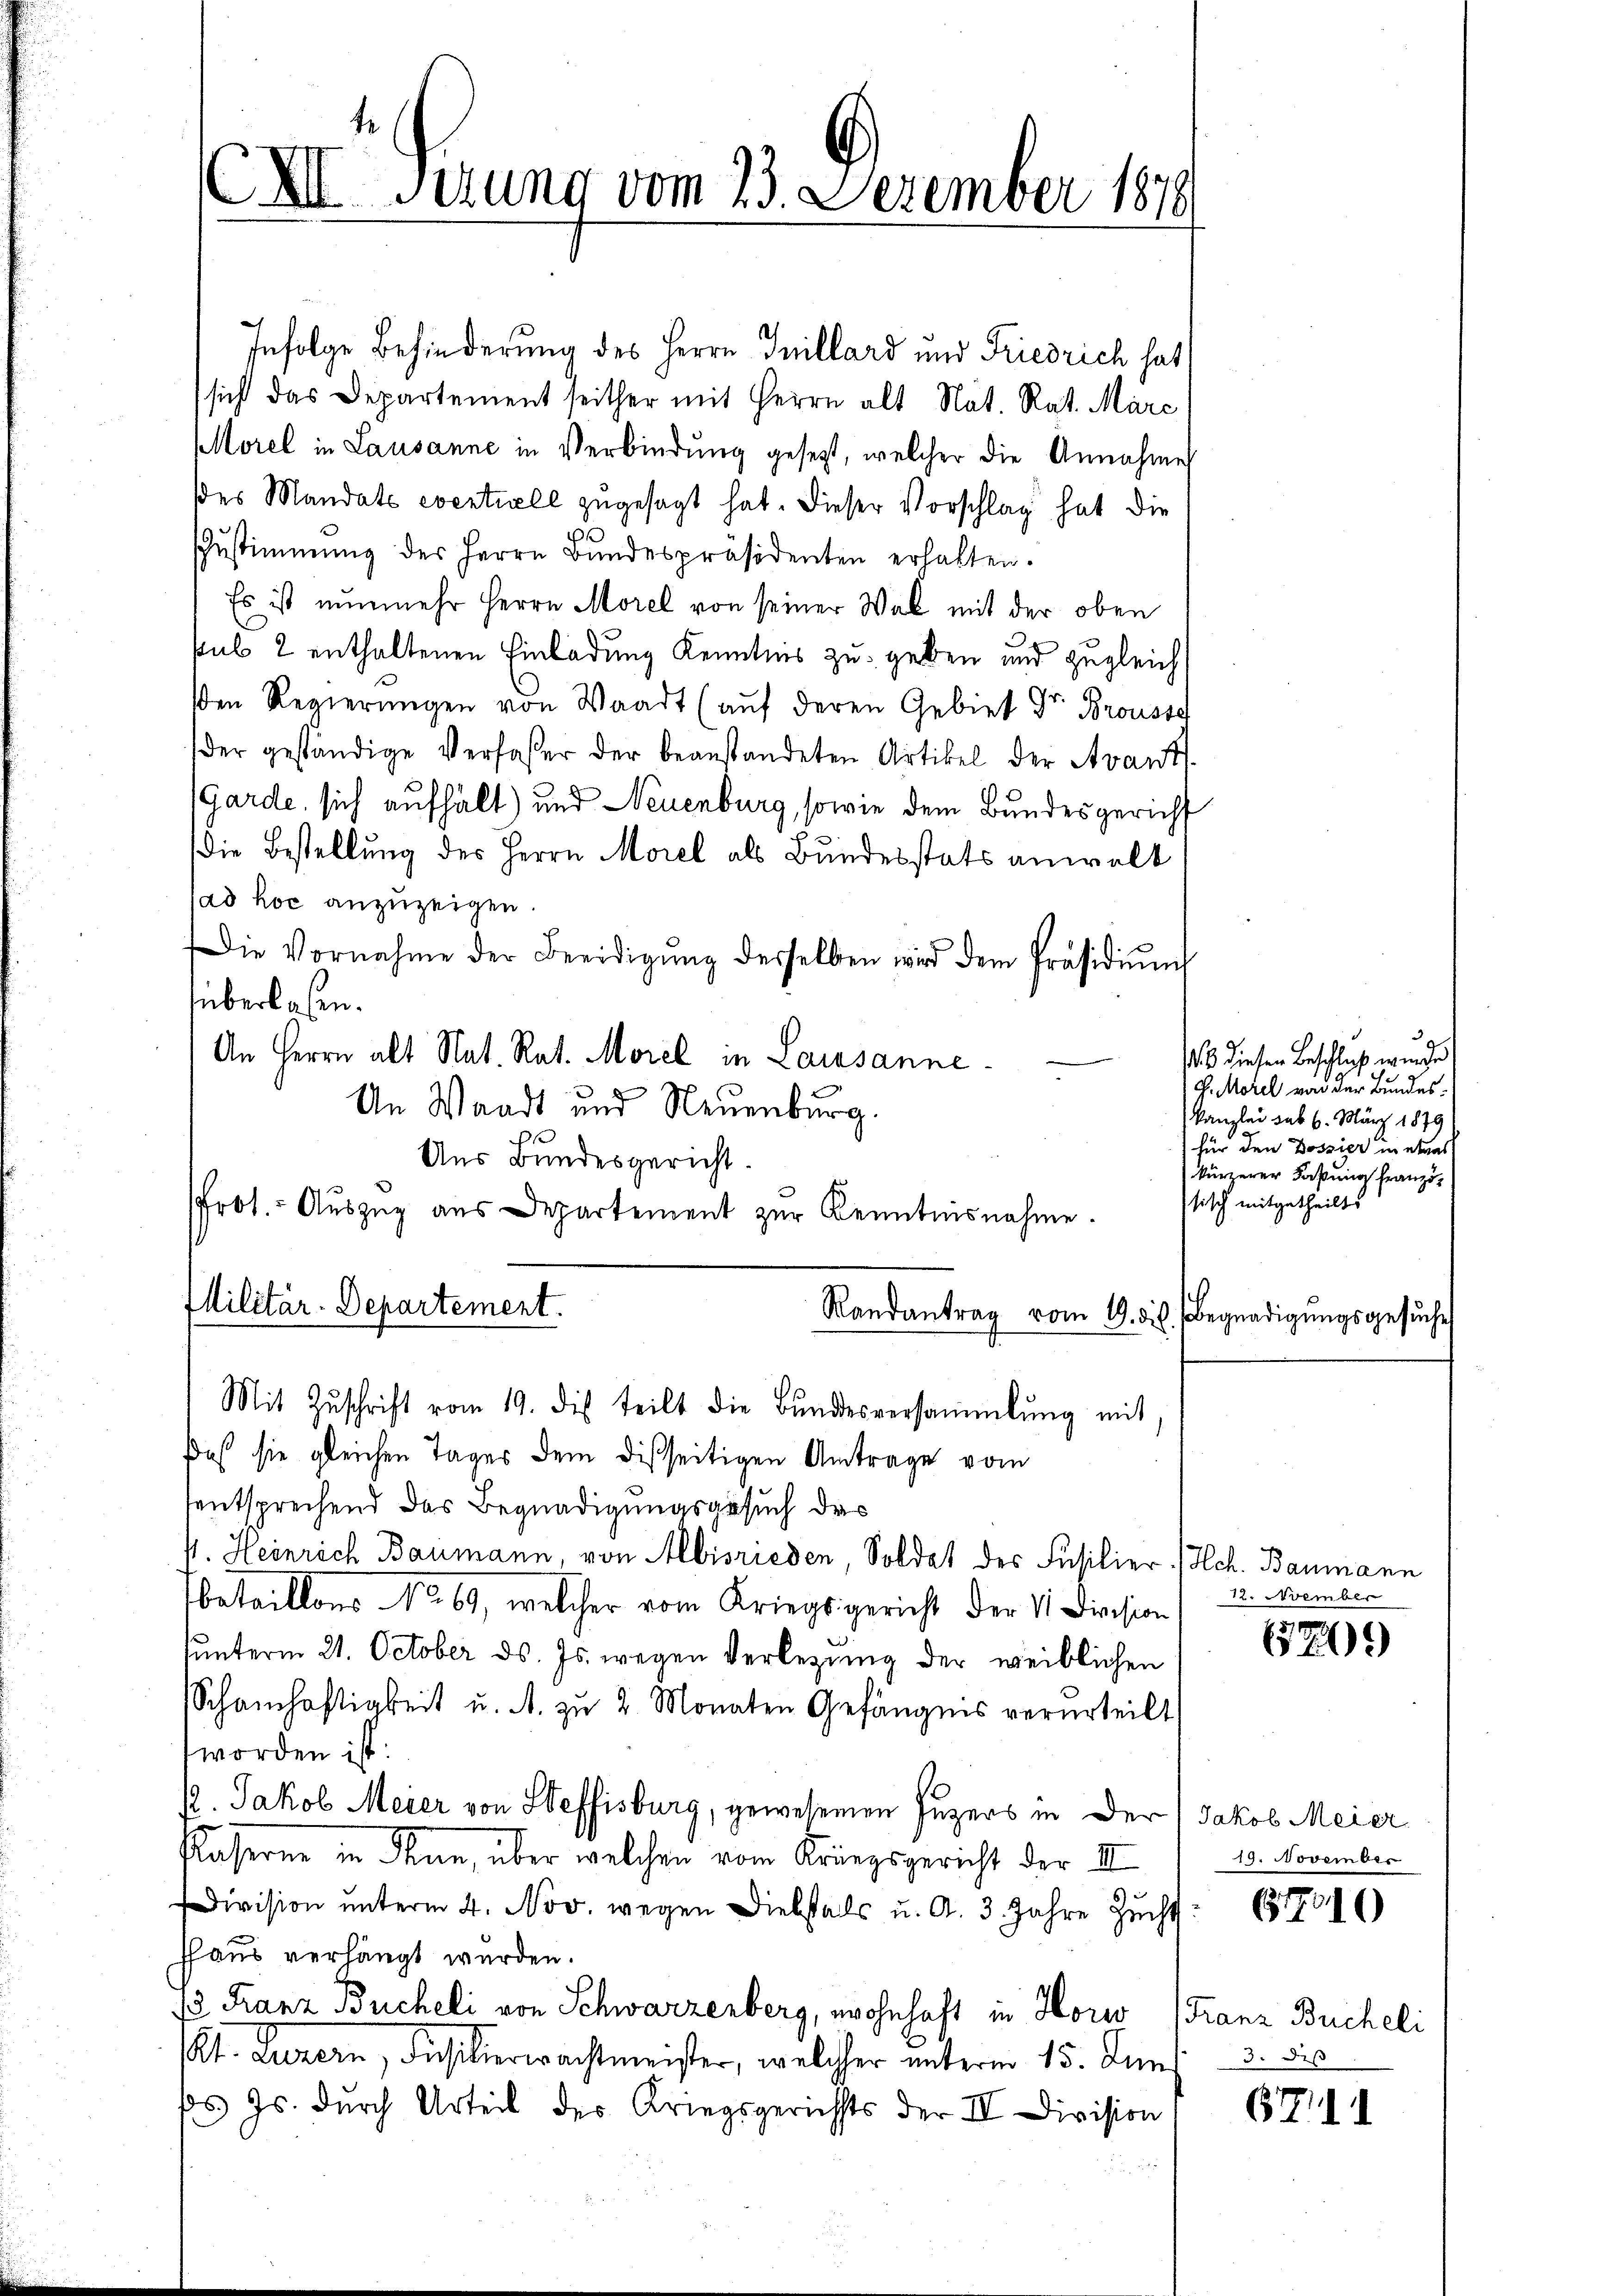
XI Gerung vom 23. Dezember 187

Infolge Behinderung des Herrn Inillard und Friedrich hat
sich das Departement seither mit Herrn alt Nat. Rat. Marc
Morel in Lausanne in Verbindung gesetzt, welcher die Annahme
ses Mandats eventiell zugesagt hat. Dieser Vorschlag hat die
Zŭstimmung des Herrn Bŭndespräsidenten erhalten.
Es ist nunmehr Herrn Morel von seiner Wal mit der oben
sub 2 enthaltenen Einladung Kenntnis zu geben und zugleich
ßen Regierungen von Waadt (auf deren Gebiet Dr. Brousse
der geständige Verfaßer der beanstandeten Artikel der Avant
Garde, sich aufhält) und Neuenburg, sowie dem Bundesgericht
die Bestellung des Herrn Morel als Bundesstats anwalt
sad hoc anzuzeigen.
Die Vornahme der Beeidigŭng desselben wird dem Präsidiŭms
überlaßen.
An Herrn alt Nat. Rat. Morel in Lausanne
An Waadt und Neuenburg.
Uns Bundesgericht.
Prot. Auszug aus Departement zur Kenntnisnahme.
Militär-Departement.
Randantrag vom 19. dil. Begnadigungsgesuche
Mit Zŭschrift vom 19. dis teilt die Bundesversammlung mit
Daß sie gleichen Tages dem disseitigen Antrage vom
entsprechend das Begnadigungsgesuch des
s. Heinrich Baumann, von Albisrieden, Soldat des Füsilier. /Hch. Baumann
betaillons No 69, welcher vom Kriegsgericht der V. Division
hunterm 21. October ds. Js. wegen Verlegung der weiblichen
Schamhaftigkeit u. A. zu 2. Monaten Gefängnis verurteilt
worden ist:
12. Jakob Meier von Steffisburg, gewesenen Juzers in der Jakob Meier
Paserne in denn, über welchen vom Kriegsgericht der II
Division ŭnterm 4. Nov. wegen Diebstals u. A. 3. Jahre Zucht:
fhaus verhängt werden.
/3 Franz Bucheli von Schwarzenberg, wohnhaft in Horw (Franz Bucheli
Kt. Luzern, Füsilierwachtmeister, welcher unterm 15. Jun
ps. Js. durch Urteil des Kriegsgerichts der IV Division

9
/3 diesen Beschluß wurde
G. Morel von der Bundes.
kanzlei sub 6. März 1879
für den Bossier in etwas
kürzerer Faßung französ
sisch mitgetheilt.

12. Nember

70)

19. November

(1716)

3. des

6711